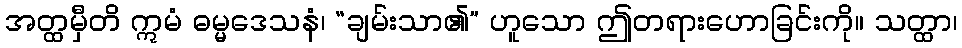
အတ္ထမှီတိ ဣမံ ဓမ္မဒေသနံ၊ “ချမ်းသာ၏” ဟူသော ဤတရားဟောခြင်းကို။ သတ္ထာ၊